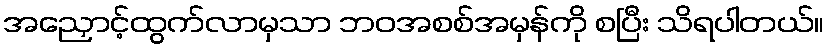
အညှောင့်ထွက်လာမှသာ ဘဝအစစ်အမှန်ကို စပြီး သိရပါတယ်။